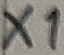
Text: X1